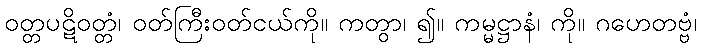
ဝတ္တပဋိဝတ္တံ၊ ဝတ်ကြီးဝတ်ငယ်ကို။ ကတွာ၊ ၍။ ကမ္မဋ္ဌာနံ၊ ကို။ ဂဟေတဗ္ဗံ၊